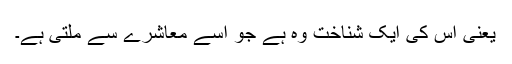
یعنی اس کی ایک شناخت وہ ہے جو اُسے معاشرے سے ملتی ہے۔